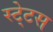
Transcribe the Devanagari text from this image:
स्‍टे्टस